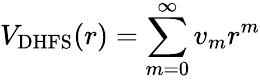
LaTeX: V_{\mathrm{DHFS}}(r)=\sum_{m=0}^{\infty}v_{m}r^{m}